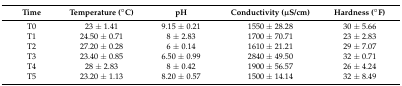
| Time | Temperature(°C) | pH | Conductivity(μS/cm) | Hardness(°F) |
 | --- | --- | --- | --- | --- |
 | T0 | 23 ± 1.41 | 9.15 ± 0.21 | 1550 ± 28.28 | 30 ± 5.66 |
 | T1 | 24.50 ± 0.71 | 8 ± 2.83 | 1700 ± 70.71 | 23 ± 2.83 |
 | T2 | 27.20 ± 0.28 | 6 ± 0.14 | 1610 ± 21.21 | 29 ± 7.07 |
 | T3 | 23.40 ± 0.85 | 6.50 ± 0.99 | 2840 ± 49.50 | 32 ± 0.71 |
 | T4 | 28 ± 2.83 | 8 ± 0.42 | 1900 ± 56.57 | 26 ± 4.24 |
 | T5 | 23.20 ± 1.13 | 8.20 ± 0.57 | 1500 ± 14.14 | 32 ± 8.49 |